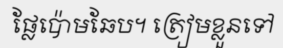
ផ្លែប៉ោមឆែប។ ត្រៀមខ្លួនទៅ